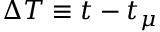
\Delta T \equiv t - t _ { \mu }